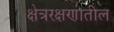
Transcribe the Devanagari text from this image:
क्षेत्ररक्षणातील